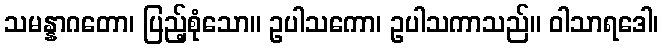
သမန္နာဂတော၊ ပြည့်စုံသော။ ဥပါသကော၊ ဥပါသကာသည်။ ဝါသာရဒေါ၊